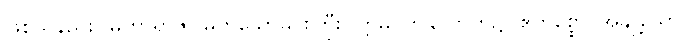
ဖြစ်သနည်း။ မဟာရာဇ၊ မြတ်သောမင်းကြီး။ ဣဓ၊ ဤလောက၌။ ဧကစ္စော၊ အချို့သော။